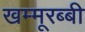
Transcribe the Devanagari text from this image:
खम्मूरब्बी